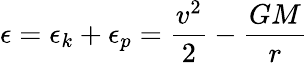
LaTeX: \epsilon=\epsilon_{k}+\epsilon_{p}={\frac{v^{2}}{2}}-{\frac{GM}{r}}